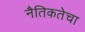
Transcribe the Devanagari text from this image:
नैतिकतेचा